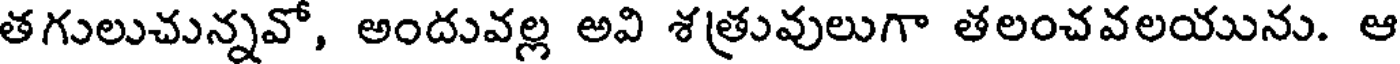
తగులుచున్నవో, అందువల్ల అవి శత్రువులుగా తలంచవలయును. ఆ